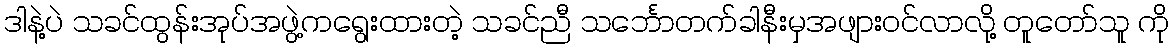
ဒါနဲ့ပဲ သခင်ထွန်းအုပ်အဖွဲ့ကရွေးထားတဲ့ သခင်ညီ သင်္ဘောတက်ခါနီးမှအဖျားဝင်လာလို့ တူတော်သူ ကို